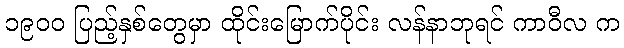
၁၉၀၀ ပြည့်နှစ်တွေမှာ ထိုင်းမြောက်ပိုင်း လန်နာဘုရင် ကာဝီလ က